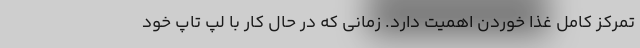
تمرکز کامل غذا خوردن اهمیت دارد. زمانی که در حال کار با لپ تاپ خود